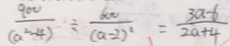
\frac { 9 0 0 } { ( a ^ { 2 } - 4 ) } \div \frac { 6 0 0 } { ( a - 2 ) ^ { 2 } } = \frac { 3 a - 6 } { 2 a + 4 }